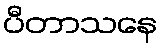
ပီတာသနေ